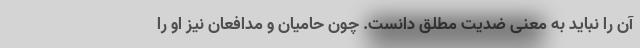
آن را نباید به معنی ضدیت مطلق دانست. چون حامیان و مدافعان نیز او را